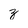
Character: z